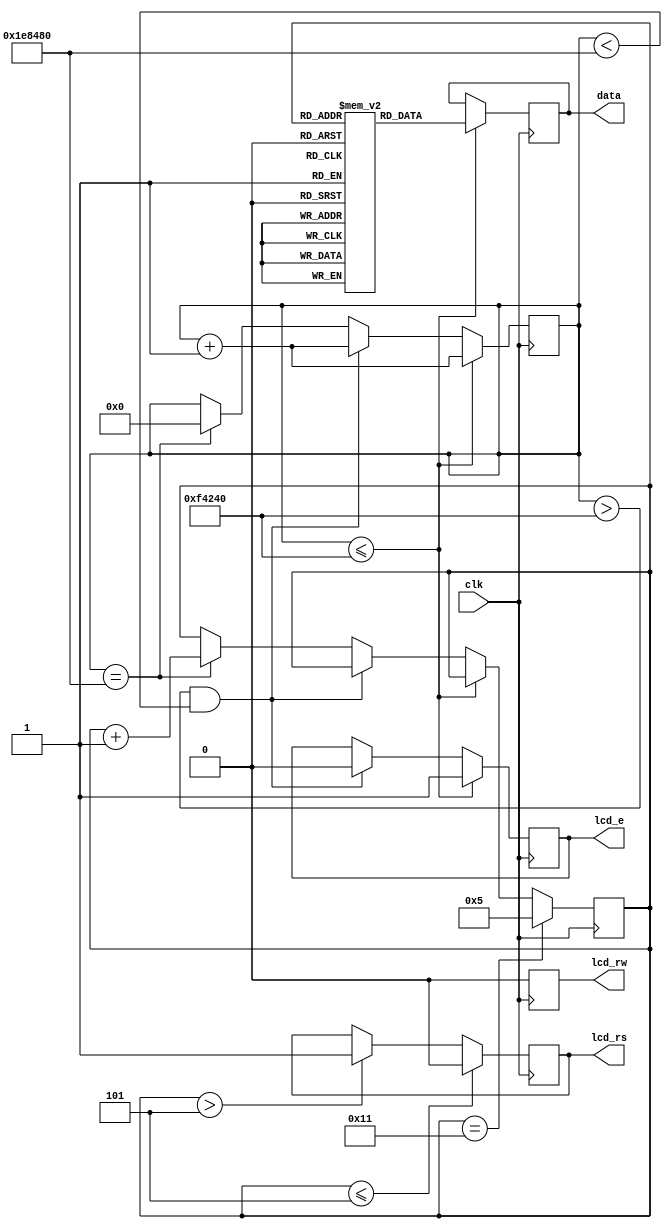
`timescale 1ns / 1ps
//////////////////////////////////////////////////////////////////////////////////
// Company: 
// Engineer: 
// 
// Design Name: 
// Module Name: LCD_DISPLAY
// Project Name: 
// Target Devices: 
// Tool Versions: 
// Description: 
// 
// Dependencies: 
// 
// Revision:
// Revision 0.01 - File Created
// Additional Comments:
// 
//////////////////////////////////////////////////////////////////////////////////


module LCD_DISPLAY(
    input wire clk,             // clock input
    output reg lcd_rw,         // read & write control
    output reg lcd_e,          // enable control
    output reg lcd_rs,         // data or command control
    output reg [7:0] data      // data line
);


parameter N = 22;
reg [7:0] datas [1:N];


initial begin
    datas[1]  = 8'h38;
    datas[2]  = 8'h0c;
    datas[3]  = 8'h06;
    datas[4]  = 8'h01;
    datas[5]  = 8'hC0;
    datas[6]  = 8'h41;
    datas[7]  = 8'h4D;
    datas[8]  = 8'h52;
    datas[9]  = 8'h55;
    datas[10] = 8'h54;
    datas[11] = 8'h41;
    datas[12] = 8'h41;
    datas[13] = 8'h54;
    datas[14] = 8'h48;
    datas[15] = 8'h41;
    datas[16] = 8'h4E;
    datas[17] = 8'h49;
   //datas[18] = 8'h54;
    //datas[19] = 8'h49;
    //datas[20] = 8'h4f;
  //  datas[21] = 8'h4e;
  //  datas[22] = 8'h53;
end


reg [31:0] i = 0;
reg [4:0] j = 1;


always @(posedge clk) begin
    if (i <= 1000000) begin
        i <= i + 1;
        lcd_e <= 1'b1;
        data <= datas[j];
    end
    else if (i > 1000000 && i < 2000000) begin
        i <= i + 1;
        lcd_e <= 1'b0;
    end
    else if (i == 2000000) begin
        j <= j + 1;
        i <= 0;
    end


   if (j <= 5) begin
        lcd_rs <= 1'b0; // command signal
    end
    else if (j > 5) begin
        lcd_rs <= 1'b1; // data signal
    end


   if (j == 17) begin
        j <= 5;
    end


   lcd_rw <= 1'b0; // lcd write
end


endmodule